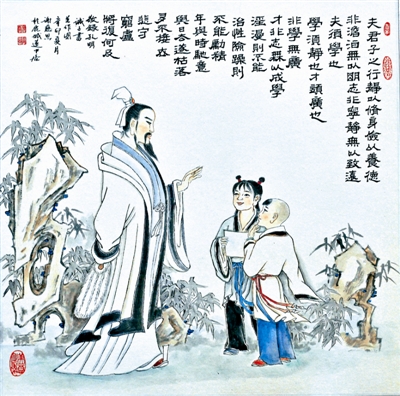
刑称罪，则治不称罪，则乱。